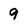
Character: 9